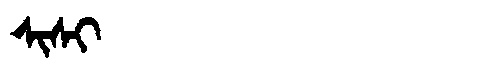
Manchu: ᠰᡳᠰᡳ
Romanization: SISI